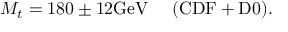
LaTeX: M _ { t } = 1 8 0 \pm 1 2 \mathrm { G e V } ~ ~ ~ ~ \mathrm { ( C D F + D 0 ) } .